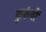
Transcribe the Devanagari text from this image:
कुरुंबों